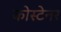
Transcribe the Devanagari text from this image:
कोस्टेनर